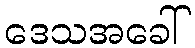
ဒေသအခေါ်